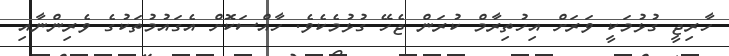
ހާރިޖީ ގުޅުމަކީ ވަރަށް އިހުތިރާމް ކުރަން ޖެހޭ ގުޅުމެކެވެ. ހާއްސަކޮށް އެގައުމުތަކުގެ ވެރިންނާއި